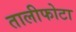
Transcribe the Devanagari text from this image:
तालीफोटा